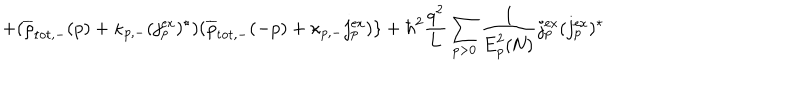
+ ( \overline { { { \rho } } } _ { \mathrm { t o t , - } } ( p ) + { \kappa } _ { p , - } ( j _ { p } ^ { \mathrm { e x } } ) ^ { \star } ) ( \overline { { { \rho } } } _ { \mathrm { t o t , - } } ( - p ) + { \kappa } _ { p , - } { j _ { p } ^ { \mathrm { e x } } } ) \} + { \hbar } ^ { 2 } \frac { q ^ { 2 } } { q ^ { 2 } } { L } \sum _ { p > 0 } \frac { 1 } { \mathrm { E } _ { p } ^ { 2 } ( \mathrm { N } ) } j _ { p } ^ { \mathrm { e x } } ( j _ { p } ^ { \mathrm { e x } } ) ^ { \star }